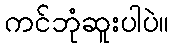
ကင်ဘုံဆူးပါပဲ။